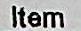
ITEM